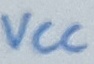
Text: VCC